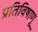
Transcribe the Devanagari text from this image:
प्रतिविषाणू